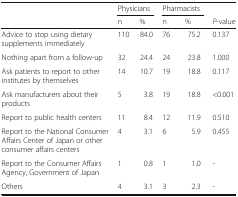
<table><thead><tr><td rowspan="2">[EMPTY_CELL]</td><td colspan="2"><b>Physicians</b></td><td colspan="2"><b>Pharmacists</b></td><td>[EMPTY_CELL]</td></tr><tr><td><b>n</b></td><td><b>%</b></td><td><b>n</b></td><td><b>%</b></td><td><b><i>P</i>-value</b></td></tr></thead><tbody><tr><td>Advice to stop using dietary supplements immediately</td><td>110</td><td>84.0</td><td>76</td><td>75.2</td><td>0.137</td></tr><tr><td>Nothing apart from a follow-up</td><td>32</td><td>24.4</td><td>24</td><td>23.8</td><td>1.000</td></tr><tr><td>Ask patients to report to other institutes by themselves</td><td>14</td><td>10.7</td><td>19</td><td>18.8</td><td>0.117</td></tr><tr><td>Ask manufacturers about their products</td><td>5</td><td>3.8</td><td>19</td><td>18.8</td><td>&lt;0.001</td></tr><tr><td>Report to public health centers</td><td>11</td><td>8.4</td><td>12</td><td>11.9</td><td>0.510</td></tr><tr><td>Report to the National Consumer Affairs Center of Japan or other consumer affairs centers</td><td>4</td><td>3.1</td><td>6</td><td>5.9</td><td>0.455</td></tr><tr><td>Report to the Consumer Affairs Agency, Government of Japan</td><td>1</td><td>0.8</td><td>1</td><td>1.0</td><td>-</td></tr><tr><td>Others</td><td>4</td><td>3.1</td><td>3</td><td>2.3</td><td>-</td></tr></tbody></table>